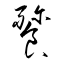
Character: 餮